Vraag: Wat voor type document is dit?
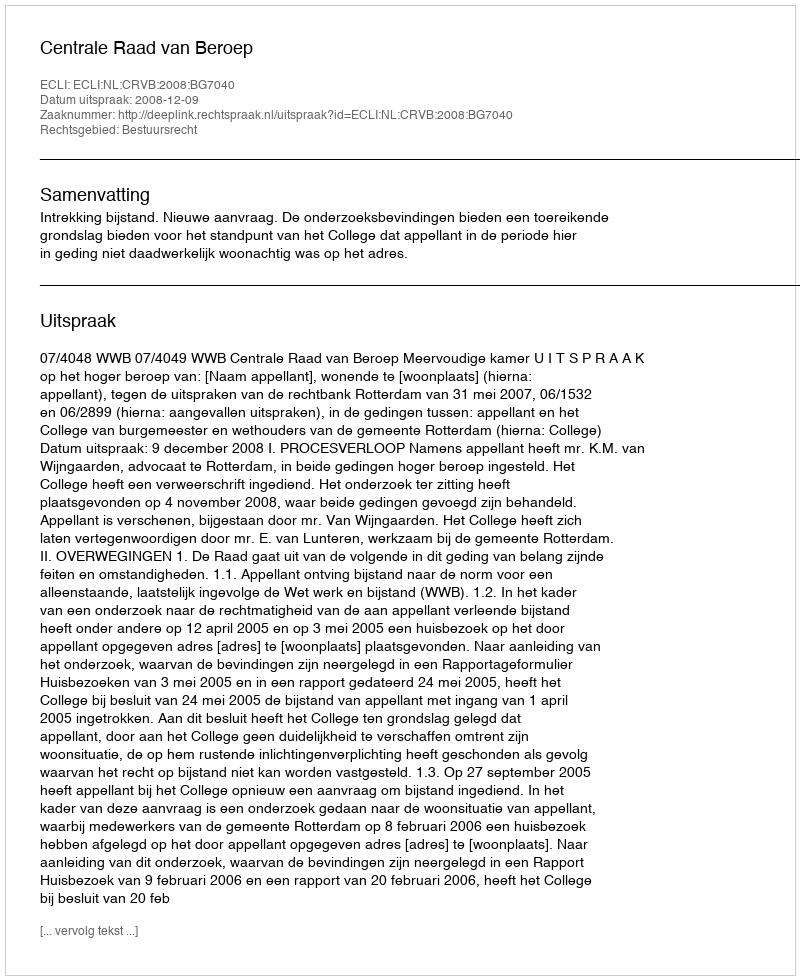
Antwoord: Uitspraak